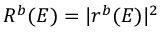
R ^ { b } ( E ) = | r ^ { b } ( E ) | ^ { 2 }